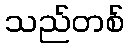
သည်တစ်